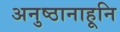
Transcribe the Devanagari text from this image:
अनुष्ठानाहूनि